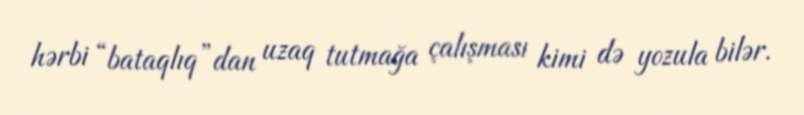
hərbi “bataqlıq”dan uzaq tutmağa çalışması kimi də yozula bilər.